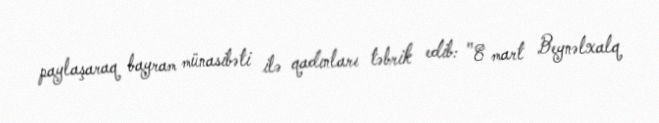
paylaşaraq bayram münasibəti ilə qadınları təbrik edib: "8 mart Beynəlxalq